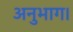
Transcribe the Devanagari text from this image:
अनुभाग।